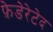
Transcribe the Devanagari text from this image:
फ़ेडेरेटेद